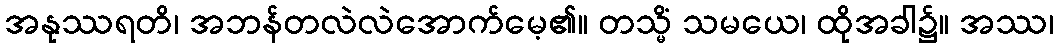
အနုဿရတိ၊ အဘန်တလဲလဲအောက်မေ့၏။ တသ္မိံ သမယေ၊ ထိုအခါ၌။ အဿ၊